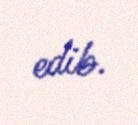
edib.